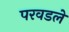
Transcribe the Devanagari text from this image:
परवडले